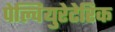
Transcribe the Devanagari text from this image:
पेल्वियुरेटेरिक